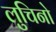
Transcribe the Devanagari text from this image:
लुचिनो